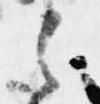
之